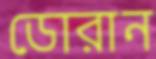
ডোরান